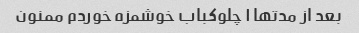
بعد از مدتها ١ چلوکباب خوشمزه خوردم ممنون